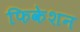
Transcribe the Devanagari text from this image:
फिकेशन